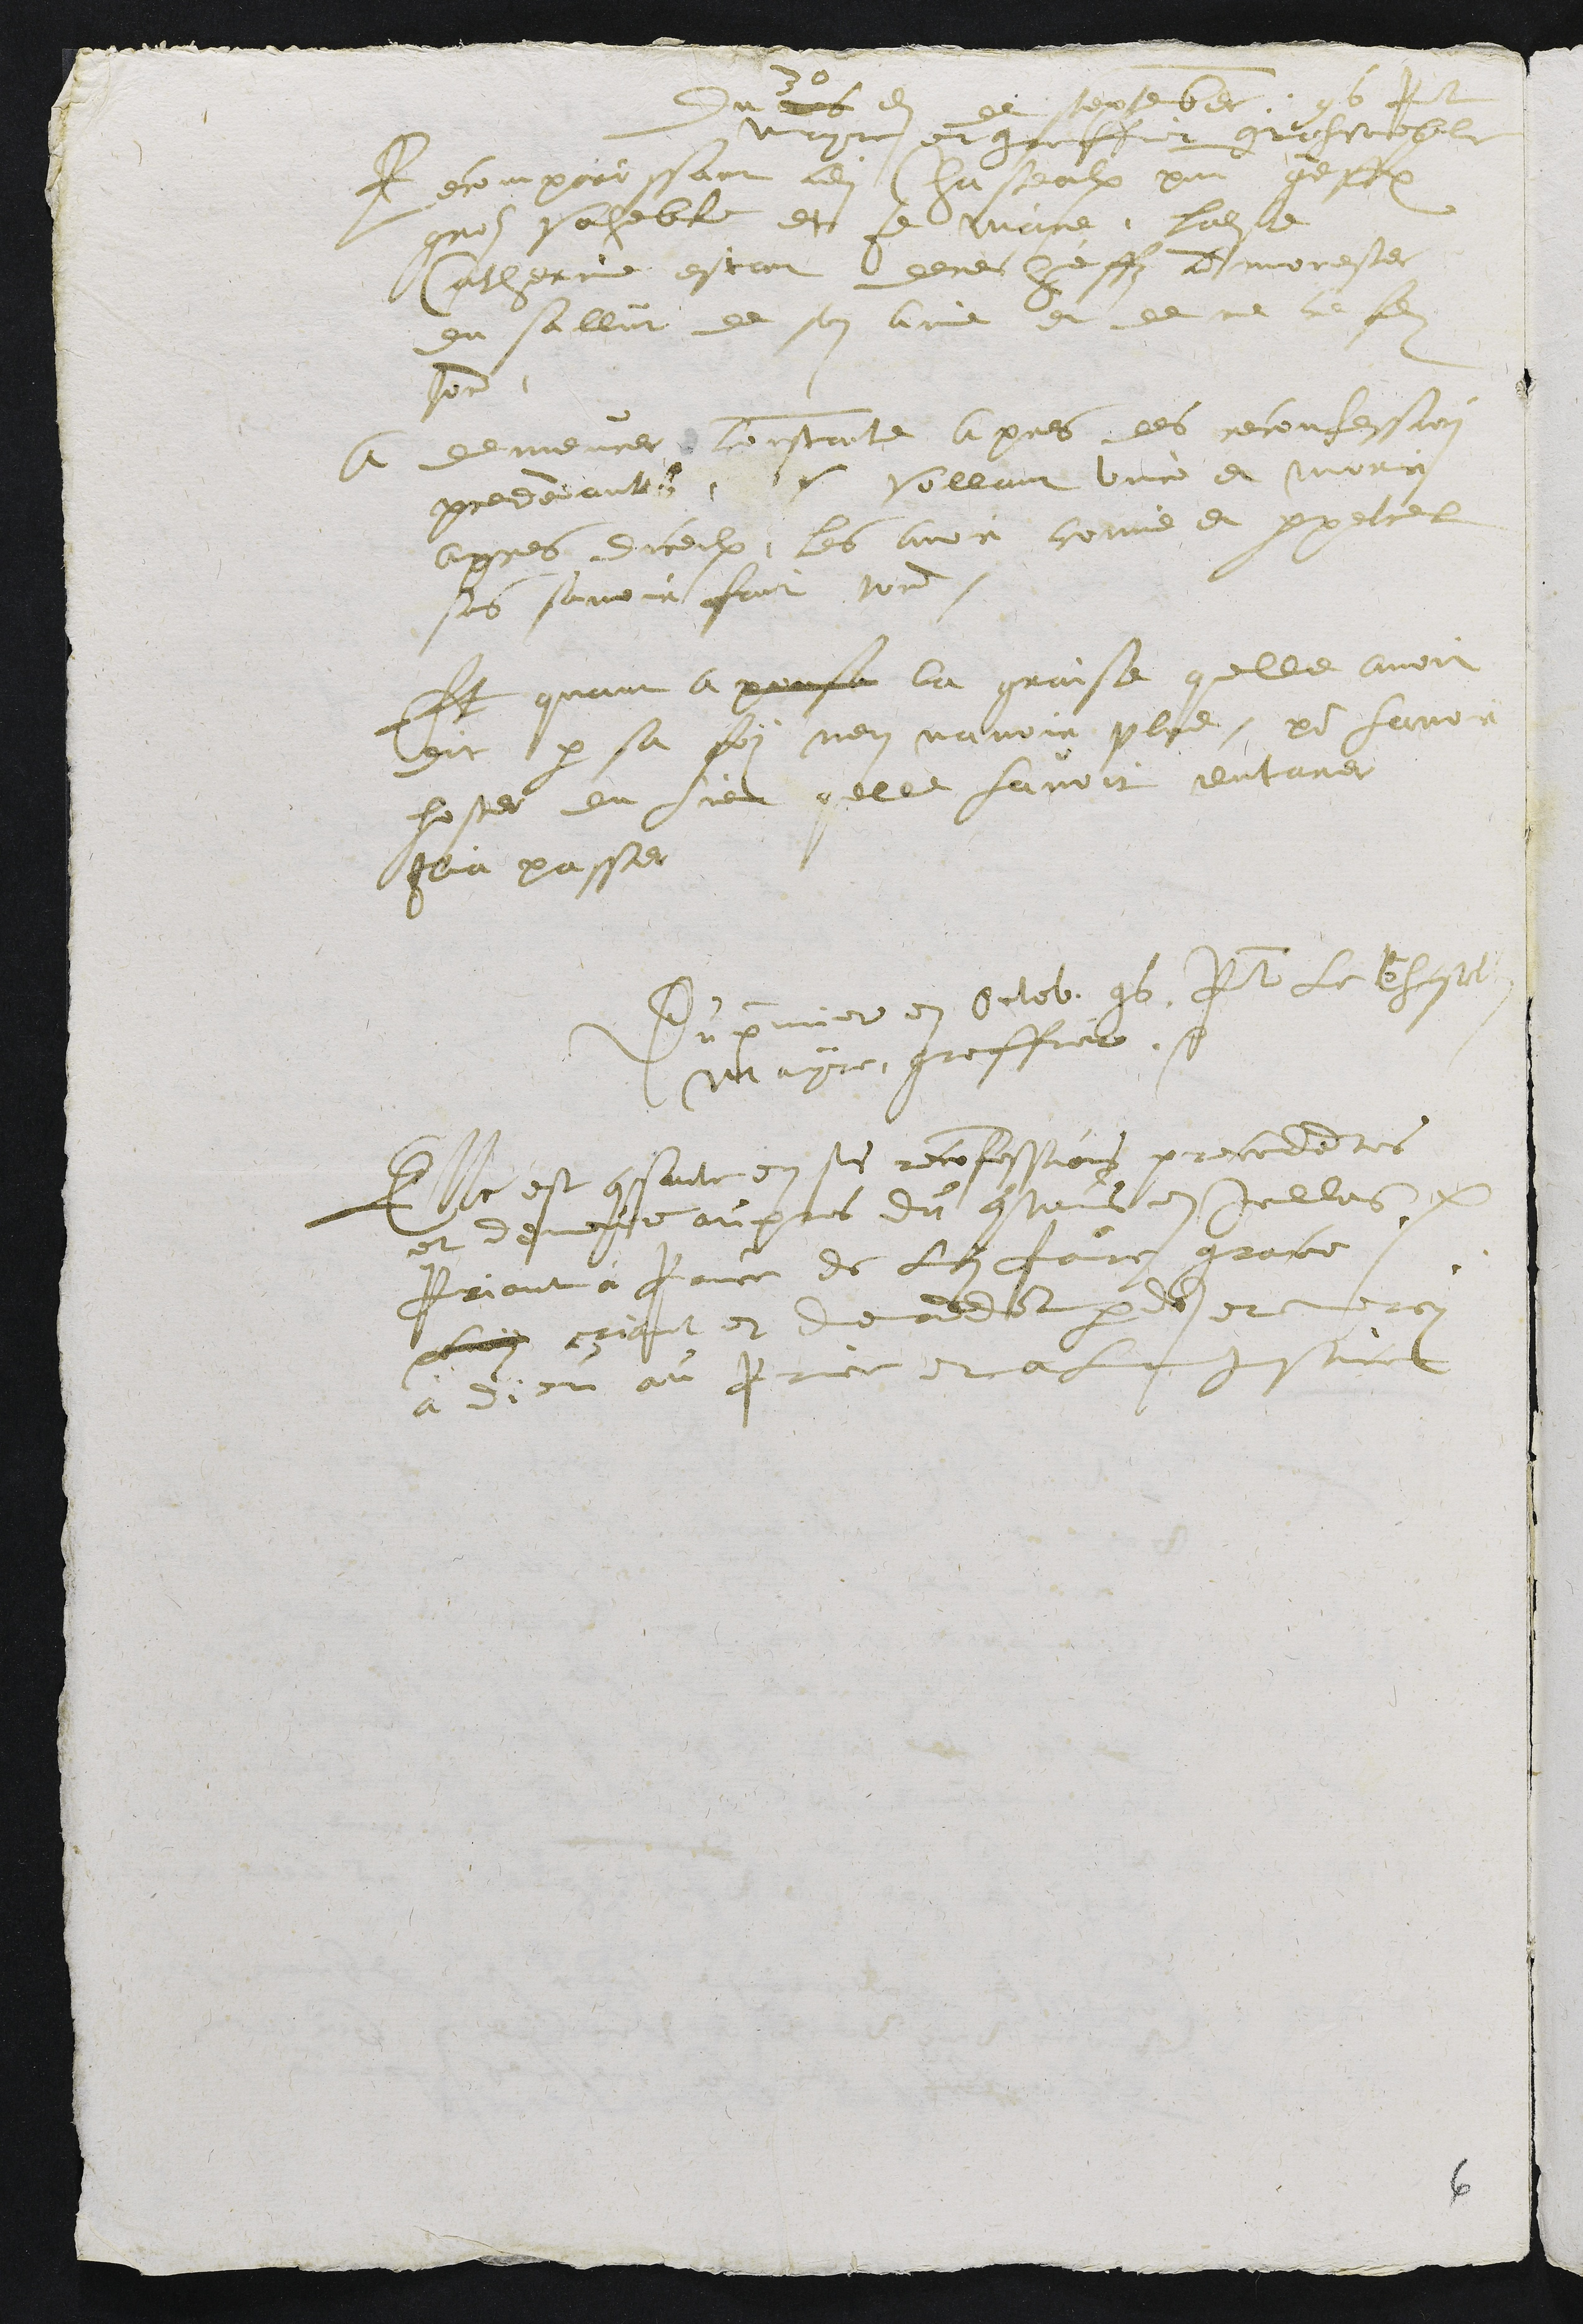
Du trois
30
e de september 96 Pnt
mayre et greffier grohvoeble
Recomparissant audit chasteaulx pnt greffier
groz voheble et Je maire, Ladite
Catherinne estant derecheffz admonester
du sallut de son ame et de ne ce faire
tord.
A demeurer constante apres les reconfession
precedantes et vollant vivre et morir
apres diceulx, les avoir comis et perpetrel
sans savoir fait tord.
Et quant a pousa la graise quelle avoit
dit par sa foy nen navoir plus, pour lavoir
hoster du lieu quelle lavoit enterrer
Ilia passer
Du premier en octob. 96 Pnt le Chastelain
Mayre greffier
Elle est constante en ses reconfessions precedentes
et demeure aupres du contenus en icelles et
Priant à Prince de lui faire grace.
luy criant et demandant pardon et mercy
à Dieu au Prince et a la justice

6